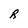
Character: R